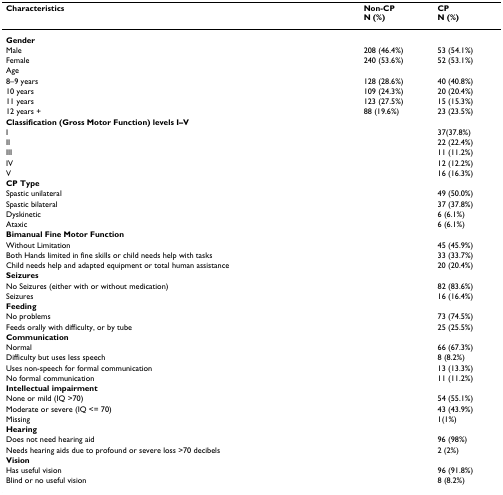
| Characteristics | Non-CPN (%) | CPN (%) |
 | --- | --- | --- |
 | Gender |  |  |
 | Male | 208 (46.4%) | 53 (54.1%) |
 | Female | 240 (53.6%) | 52 (53.1%) |
 | Age |  |  |
 | 8–9 years | 128 (28.6%) | 40 (40.8%) |
 | 10 years | 109 (24.3%) | 20 (20.4%) |
 | 11 years | 123 (27.5%) | 15 (15.3%) |
 | 12 years + | 88 (19.6%) | 23 (23.5%) |
 | Classification (Gross Motor Function) levels I–V |  |  |
 | I |  | 37(37.8%) |
 | II |  | 22 (22.4%) |
 | III |  | 11 (11.2%) |
 | IV |  | 12 (12.2%) |
 | V |  | 16 (16.3%) |
 | CP Type |  |  |
 | Spastic unilateral |  | 49 (50.0%) |
 | Spastic bilateral |  | 37 (37.8%) |
 | Dyskinetic |  | 6 (6.1%) |
 | Ataxic |  | 6 (6.1%) |
 | Bimanual Fine Motor Function |  |  |
 | Without Limitation |  | 45 (45.9%) |
 | Both Hands limited in fine skills or child needs help with tasks |  | 33 (33.7%) |
 | Child needs help and adapted equipment or total human assistance |  | 20 (20.4%) |
 | Seizures |  |  |
 | No Seizures (either with or without medication) |  | 82 (83.6%) |
 | Seizures |  | 16 (16.4%) |
 | Feeding |  |  |
 | No problems |  | 73 (74.5%) |
 | Feeds orally with difficulty, or by tube |  | 25 (25.5%) |
 | Communication |  |  |
 | Normal |  | 66 (67.3%) |
 | Difficulty but uses less speech |  | 8 (8.2%) |
 | Uses non-speech for formal communication |  | 13 (13.3%) |
 | No formal communication |  | 11 (11.2%) |
 | Intellectual impairment |  |  |
 | None or mild (IQ >70) |  | 54 (55.1%) |
 | Moderate or severe (IQ <= 70) |  | 43 (43.9%) |
 | Missing |  | 1(1%) |
 | Hearing |  |  |
 | Does not need hearing aid |  | 96 (98%) |
 | Needs hearing aids due to profound or severe loss >70 decibels |  | 2 (2%) |
 | Vision |  |  |
 | Has useful vision |  | 96 (91.8%) |
 | Blind or no useful vision |  | 8 (8.2%) |